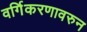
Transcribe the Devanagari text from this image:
वर्गिकरणावरुन